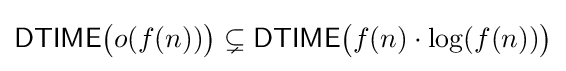
{\mathsf {DTIME}}{\big (}o(f(n)){\big )}\subsetneq {\mathsf {DTIME}}{\big (}f(n)\cdot \log(f(n)){\big )}